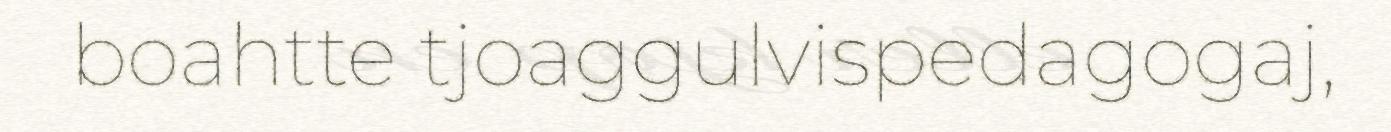
boahtte tjoaggulvispedagogaj,